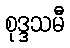
စုဒ္ဒသမီ